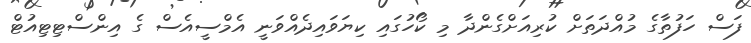
ފަސް ހަފުތާގެ މުއްދަތަށް ކުރިއަށްގެންދާ މި ކޯހުގައި ކިޔަވައިދެއްވަނީ އެމްސީއެސް ގެ އިންސްޓިޓިއުޓް